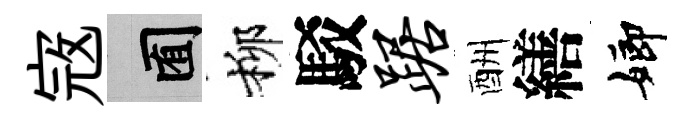
𡨥囿柳駁踞酬繕嫏